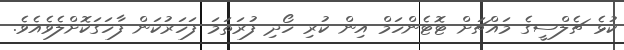
ކުޅެ ޗެލްސީގެ މައްޗަށް ޓޮޓެންހަމް އިން ކުރި ހޯދި ފުރަތަމަ ފަހަރުކަން ފާހަގަކޮށްލެވެއެވެ.